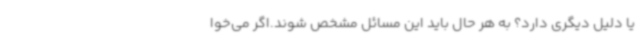
یا دلیل دیگری دارد؟ به هر حال باید این مسائل مشخص شوند.اگر می‌خوا